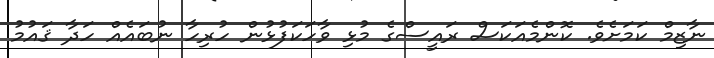
ނާޒިމް ކަމަށެވެ. ކޮންމެއަކަސް ރައީސްގެ މުޅި ވާހަކަފުޅުން ހުރިހާ ނުބައެއް ހަދާ ޤައުމު